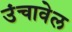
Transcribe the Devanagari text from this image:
उंचावेल